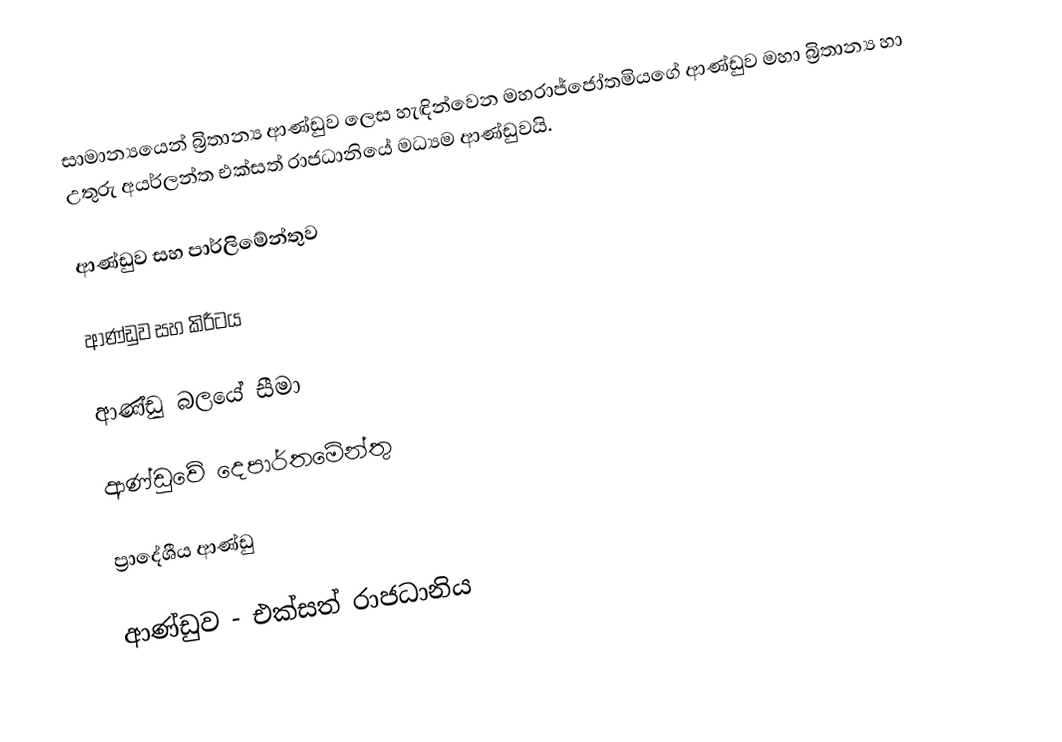
සාමාන්‍යයෙන් බ්‍රිතාන්‍ය ආණ්ඩුව ලෙස හැඳින්වෙන මහරාජ්ජෝතමියගේ ආණ්ඩුව මහා බ්‍රිතාන්‍ය හා උතුරු අයර්ලන්ත එක්සත් රාජධානියේ මධ්‍යම ආණ්ඩුවයි.

ආණ්ඩුව සහ පාර්ලිමේන්තුව

ආණ්ඩුව සහ කිරීටය

ආණ්ඩු බලයේ සීමා

ආණ්ඩුවේ දෙපාර්තමේන්තු

ප්‍රාදේශීය ආණ්ඩු

ආණ්ඩුව - එක්සත් රාජධානිය